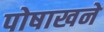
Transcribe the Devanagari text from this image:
पोषाखने